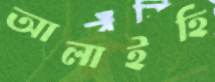
আলাইহি